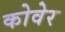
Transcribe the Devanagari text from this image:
कोवेर